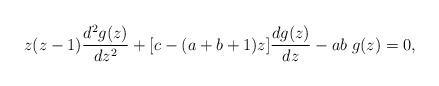
LaTeX: \begin{align*}z(z-1)\frac{d^2g(z)}{dz^2}+[c-(a+b+1)z]\frac{dg(z)}{dz}-ab\;g(z)=0,\end{align*}